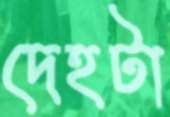
দেহটা